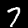
Label: 7